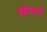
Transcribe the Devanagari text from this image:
सोमरों